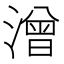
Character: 潧